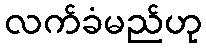
လက်ခံမည်ဟု